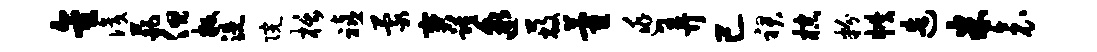
金识葩但叛洗院栝禧蒙宝踵邈蔽藿逃弄已裙棕粉帙造米衾